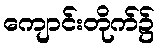
ကျောင်းတိုက်၌